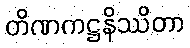
တိဏကဋ္ဌနိဿိတာ